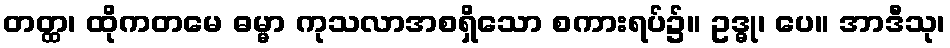
တတ္ထ၊ ထိုကတမေ ဓမ္မာ ကုသလာအစရှိသော စကားရပ်၌။ ဥဒ္ဓု၊ ပေ။ အာဒီသု၊